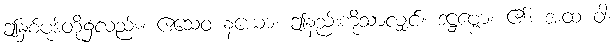
ဤနှစ်ပုဒ်တို့၌လည်း။ ဧသေဝ နယော၊ ဤနည်းကိုသာလျှင်။ ဒဋ္ဌဗ္ဗော၊ ၏။ အထ ဝါ၊